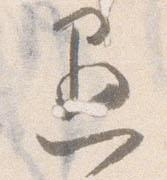
愚